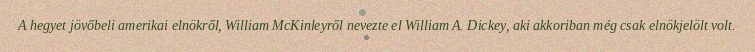
A hegyet jövőbeli amerikai elnökről, William McKinleyről nevezte el William A. Dickey, aki akkoriban még csak elnökjelölt volt.